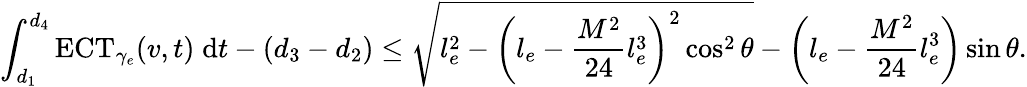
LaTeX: \int_{d_{1}}^{d_{4}}\mathrm{ECT}_{\gamma_{e}}(v,t)\; \mathrm{d}t-(d_{3}-d_{2})\leq\sqrt{l_{e}^{2}-\left(l_{e}-\frac{M^{2}}{24}l_{e}^{3}\right)^{2}\cos^{2}\theta}-\left(l_{e}-\frac{M^{2}}{24}l_{e}^{3}\right)\sin\theta.